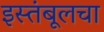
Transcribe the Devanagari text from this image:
इस्तंबूलचा